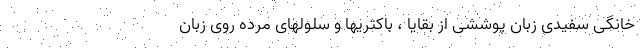
خانگی سفیدی زبان پوششی از بقایا ، باکتریها و سلولهای مرده روی زبان